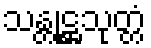
သန္တုဋ္ဌသုတ္တံ